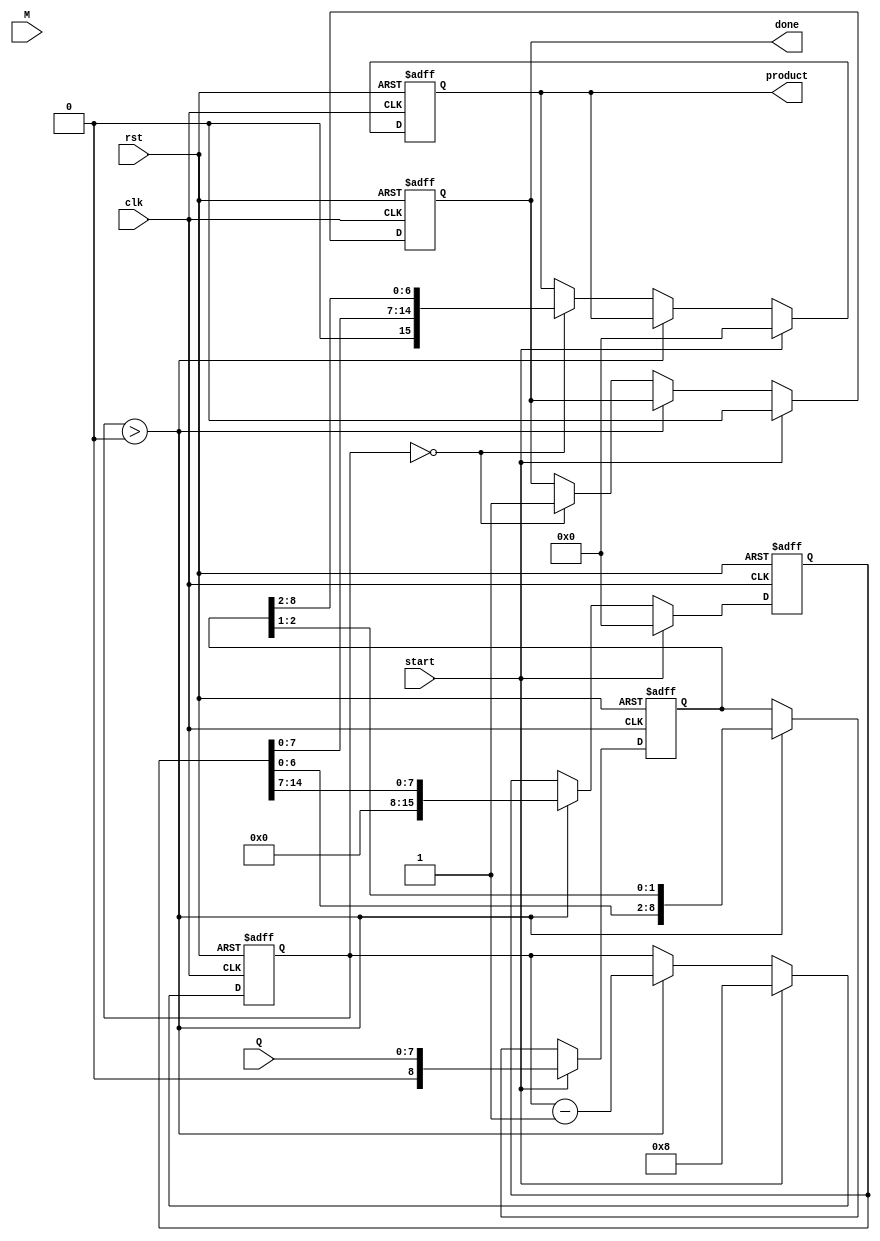
module modified_booth_multiplier #(parameter n = 8) (
    input wire [n-1:0] M,  // Multiplicand
    input wire [n-1:0] Q,  // Multiplier
    input wire start,       // Control signal to start multiplication
    input wire clk,         // Clock signal
    input wire rst,         // Reset signal
    output reg [2*n-1:0] product, // Product output
    output reg done         // Indicate multiplication completion
);

    reg [n-1:0] M_reg, Q_reg;
    reg [2*n-1:0] A;               // Accumulator
    reg [n:0] Q_temp;              // Multiplier with an extra bit for encoding
    reg [3:0] cycle_count;         // Iteration/cycle count
    reg [2*n-1:0] P;               // Partial product

    // Booth encoding actions
    localparam NO_OP    = 2'b00;
    localparam ADD      = 2'b01;
    localparam SUB      = 2'b10;
    
    // State machine for performing Modified Booth multiplication
    always @(posedge clk or posedge rst) begin
        if (rst) begin
            product <= 0;
            A <= 0;
            Q_temp <= 0;
            cycle_count <= 0;
            done <= 0;
            M_reg <= 0;
            Q_reg <= 0;
        end else if (start) begin
            // Initialize registers
            M_reg <= M;             // Load multiplicand
            Q_reg <= Q;             // Load multiplier
            product <= 0;           // Clear product register
            A <= 0;                 // Clear accumulator
            Q_temp <= {1'b0, Q};    // Initial Q_temp with extra LSB
            cycle_count <= n;       // Set cycle count for n iterations
            done <= 0;              // Reset done signal
        end else if (cycle_count > 0) begin
            case (Q_temp[1:0])    // Examine last two bits of Q_temp
                NO_OP: begin
                    // Do nothing
                    P <= 0;
                end
                ADD: begin
                    // Add multiplicand to A
                    P <= A + {M_reg, n'b0}; // Add shifted multiplicand
                end
                SUB: begin
                    // Subtract multiplicand from A
                    P <= A - {M_reg, n'b0}; // Subtract shifted multiplicand
                end
            endcase
            
            // Update accumulator
            A <= P;
            
            // Shift A and Q_temp right
            {A, Q_temp} <= {A[2*n-2:0], Q_temp[2:1], 1'b0} >> 1;
            
            // Decrement cycle count
            cycle_count <= cycle_count - 1;
        end else if (cycle_count == 0) begin
            // Capture final product
            product <= {A[n-1:0], Q_temp[n:2]};
            done <= 1; // Indicate multiplication is complete
        end else begin
            // Do nothing
            done <= done;
        end
    end
endmodule